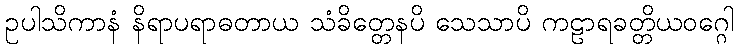
ဥပါသိကာနံ နိရာပရာဓတာယ သံခိတ္တေနပိ သေသာပိ ကဠာရခတ္တိယဝဂ္ဂေါ